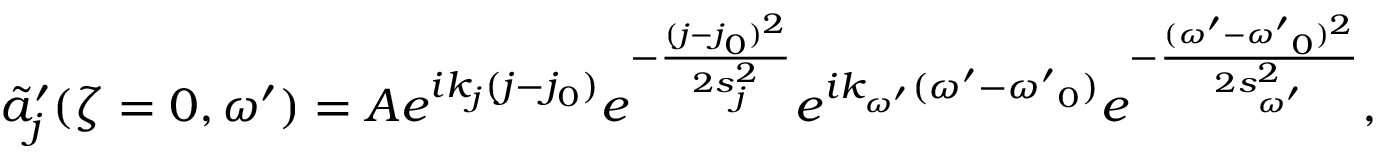
\tilde { a } _ { j } ^ { \prime } ( \zeta = 0 , \omega ^ { \prime } ) = A e ^ { i k _ { j } ( j - j _ { 0 } ) } e ^ { - \frac { ( j - j _ { 0 } ) ^ { 2 } } { 2 s _ { j } ^ { 2 } } } e ^ { i k _ { \omega ^ { \prime } } ( { \omega ^ { \prime } } - { \omega ^ { \prime } } _ { 0 } ) } e ^ { - \frac { ( { \omega ^ { \prime } } - { \omega ^ { \prime } } _ { 0 } ) ^ { 2 } } { 2 s _ { \omega ^ { \prime } } ^ { 2 } } } ,